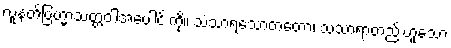
လူနတ်ဗြဟ္မာသတ္တဝါအပေါင်းကို။ သံသာရသောတတော၊ သံသာရာတည်းဟူသော